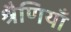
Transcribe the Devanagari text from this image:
श्रैणियाँ